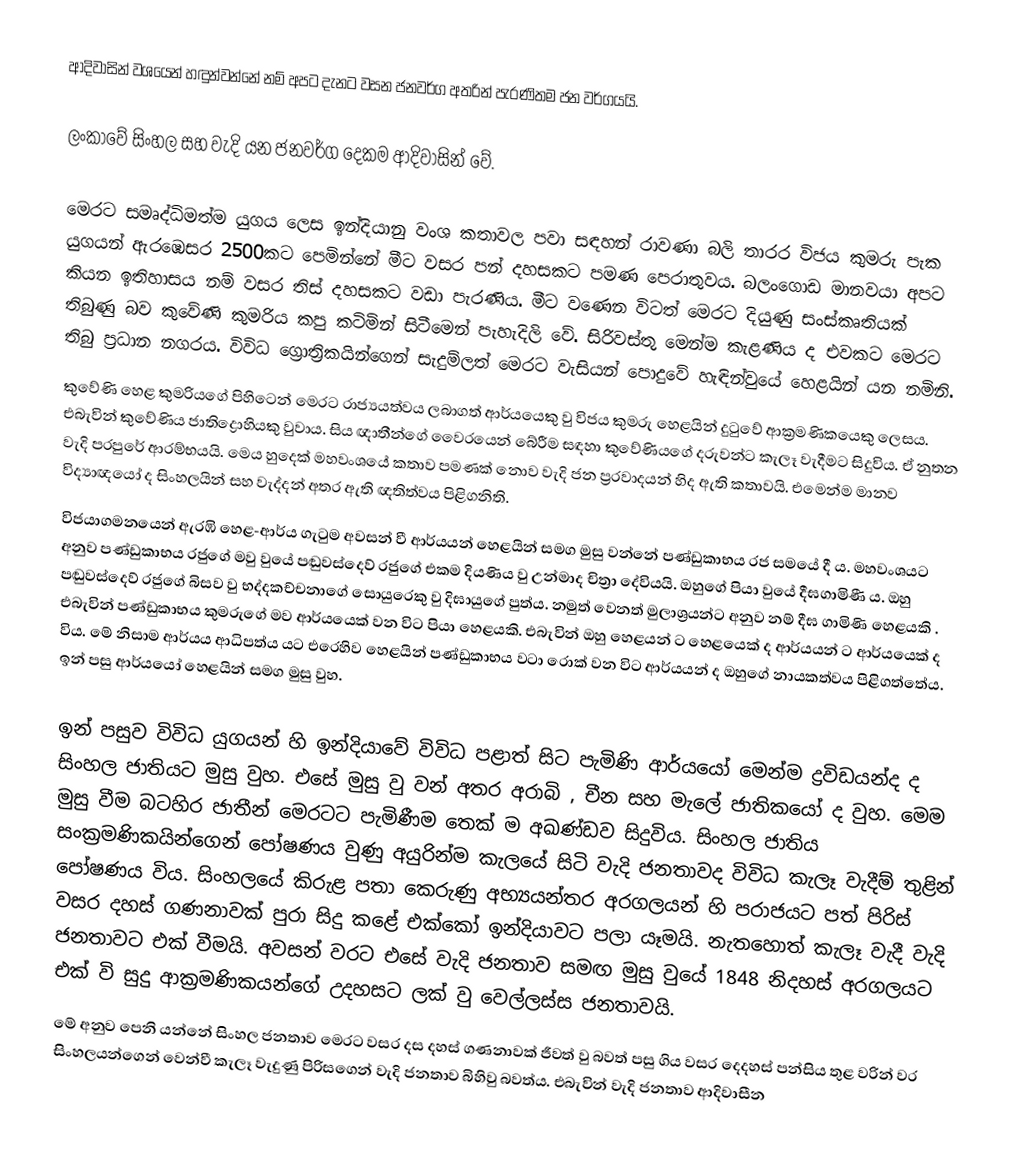
ආදිවාසින් වශයෙන් හඳුන්වන්නේ නම් අපට දැනට වසන ජනවර්ග අතරින් පැරණිතම ජන වර්ගයයි.

ලංකාවේ සිංහල සහ වැදි යන ජනවර්ග දෙකම ආදිවාසින් වේ.

මෙරට සමෘද්ධිමත්ම යුගය ලෙස ඉන්දියානු වංශ කතාවල පවා සඳහන් රාවණා බලි තාරර විජය කුමරු පැක යුගයන් ඇරඹෙසර 2500කට පෙමින්නේ මීට වසර පන් දහසකට පමණ පෙරාතුවය. බලංගොඩ මානවයා අපට කියන ඉතිහාසය නම් වසර තිස් දහසකට වඩා පැරණිය. මීට වණෙන විටත් මෙරට දියුණු සංස්කෘතියක් තිබුණු බව කුවේණි කුමරිය කපු කටිමින් සිටීමෙන් පැහැදිලි වේ. සිරිවස්තු මෙන්ම කැළණිය ද එවකට මෙරට තිබු ප්‍රධාන නගරය. විවිධ ග්‍රොත්‍රිකයින්ගෙන් සැදුම්ලත් මෙරට වැසියන් පොදුවේ හැඳින්වුයේ හෙළයින් යන නමිනි.
කුවේණි හෙළ කුමරියගේ පිහිටෙන් මෙරට රාජ්‍යයත්වය ලබාගත් ආර්යයෙකු වු විජය කුමරු  හෙළයින් දුටුවේ ආක්‍රමණිකයෙකු ලෙසය. එබැවින් කුවේණිය ජාතිද්‍රොහියකු වුවාය. සිය ඥාතීන්ගේ වෛරයෙන් බේරීම සඳහා කුවේණියගේ දරුවන්ට කැලෑ වැදීමට සිදුවිය. ඒ නුතන වැදි පරපුරේ ආරම්භයයි. මෙය හුදෙක් මහවංශයේ කතාව පමණක් නොව වැදි ජන ප්‍රරවාදයන් හිද ඇති කතාවයි. එමෙන්ම මානව විද්‍යාඥයෝ ද සිංහලයින් සහ වැද්දන් අතර ඇති ඥතිත්වය පිළිගනිති.
විජයාගමනයෙන් ඇරඹි හෙළ-ආර්ය ගැටුම අවසන් වී ආර්යයන් හෙළයින් සමග මුසු වන්නේ පණ්ඩුකාභය රජ සමයේ දී ය. මහවංශයට අනුව පණ්ඩුකාභය රජුගේ මවු වුයේ පඬුවස්දෙව් රජුගේ එකම දියණිය වු උන්මාද චිත්‍රා දේවියයි. ඔහුගේ පියා වුයේ දීඝගාමිණී ය. ඔහු පඬුවස්දෙව් රජුගේ බිසව වු භද්දකච්චනාගේ සොයුරෙකු වු දිඝායුගේ පුත්ය. නමුත් වෙනත් මුලාශ්‍රයන්ට අනුව නම් දීඝ ගාමිණි හෙළයකි .  එබැවින් පණ්ඩුකාභය කුමරුගේ මව ආර්යයෙක් වන විට පියා හෙළයකි. එබැවින් ඔහු හෙළයන් ට හෙළයෙක් ද ආර්යයන් ට ආර්යයෙක් ද විය. මේ නිසාම ආර්යය ආධිපත්ය යට එරෙහිව හෙළයින් පණ්ඩුකාභය වටා රොක් වන විට ආර්යයන් ද ඔහුගේ නායකත්වය පිළිගත්තේය. ඉන් පසු ආර්යයෝ හෙළයින් සමග මුසු වුහ.

ඉන් පසුව විවිධ යුගයන් හි ඉන්දියාවේ විවිධ පළාත් සිට පැමිණි ආර්යයෝ මෙන්ම ද්‍රවිඩයන්ද ද සිංහල ජාතියට මුසු වුහ. එසේ මුසු වු වන් අතර අරාබි , චීන සහ මැලේ ජාතිකයෝ ද වුහ.  මෙම මුසු වීම බටහිර ජාතීන් මෙරටට  පැමිණීම තෙක් ම අඛණ්ඩව සිදුවිය.  සිංහල ජාතිය සංක්‍රමණිකයින්ගෙන් පෝෂණය වුණු අයුරින්ම කැලයේ සිටි වැදි ජනතාවද විවිධ කැලෑ වැදීම්  තුළින් පෝෂණය විය. සිංහලයේ කිරුළ පතා කෙරුණු අභ්‍යයන්තර අරගලයන් හි පරාජයට පත් පිරිස්  වසර දහස් ගණනාවක් පුරා සිදු කළේ එක්කෝ ඉන්දියාවට පලා යෑමයි. නැතහොත් කැලෑ වැදී  වැදි ජනතාවට එක් වීමයි. අවසන් වරට එසේ වැදි ජනතාව සමඟ මුසු වුයේ 1848 නිදහස් අරගලයට එක් වි  සුදු ආක්‍රමණිකයන්ගේ  උදහසට ලක් වු වෙල්ලස්ස ජනතාවයි.
මේ අනුව පෙනි යන්නේ සිංහල ජනතාව මෙරට වසර දස දහස් ගණනාවක් ජීවත් වු බවත් පසු ගිය වසර දෙදහස් පන්සිය තුළ වරින් වර සිංහලයන්ගෙන් වෙන්වී කැලෑ වැදුණු පිරිසගෙන් වැදි ජනතාව බිහිවු බවත්ය. එබැවින් වැදි ජනතාව ආදිවාසීන